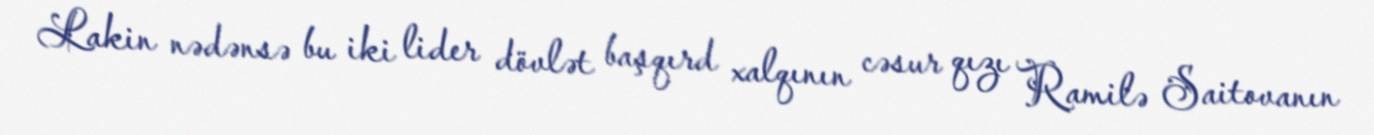
Lakin nədənsə bu iki lider dövlət başqırd xalqının cəsur qızı Ramilə Saitovanın